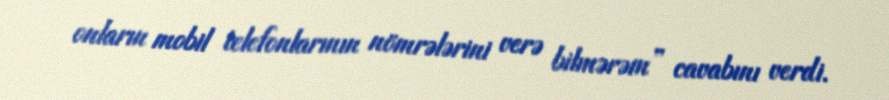
onların mobil telefonlarının nömrələrini verə bilmərəm” cavabını verdi.